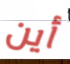
أين